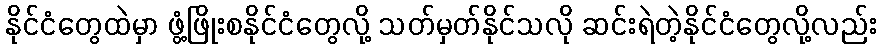
နိုင်ငံတွေထဲမှာ ဖွံ့ဖြိုးစနိုင်ငံတွေလို့ သတ်မှတ်နိုင်သလို ဆင်းရဲတဲ့နိုင်ငံတွေလို့လည်း